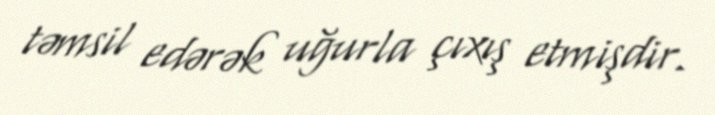
təmsil edərək uğurla çıxış etmişdir.